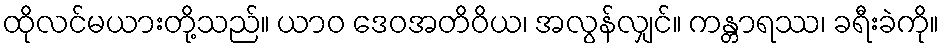
ထိုလင်မယားတို့သည်။ ယာဝ ဒေဝအတိဝိယ၊ အလွန်လျှင်။ ကန္တာရဿ၊ ခရီးခဲကို။